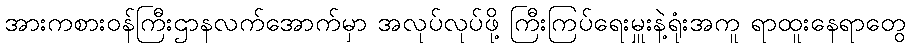
အားကစားဝန်ကြီးဌာနလက်အောက်မှာ အလုပ်လုပ်ဖို့ ကြီးကြပ်ရေးမှူးနဲ့ရုံးအကူ ရာထူးနေရာတွေ